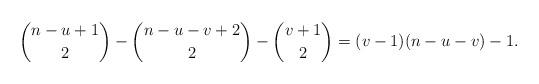
LaTeX: \begin{align*}\binom{n-u+1}{2}-\binom{n-u-v+2}{2}-\binom{v+1}{2}=(v-1)(n-u-v)-1.\end{align*}